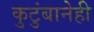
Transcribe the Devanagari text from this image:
कुटुंबानेही